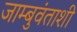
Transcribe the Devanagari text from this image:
जाम्बुवंताशी